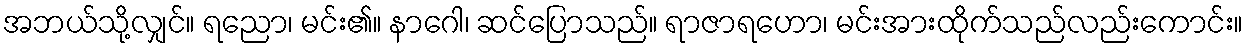
အဘယ်သို့လျှင်။ ရညော၊ မင်း၏။ နာဂေါ၊ ဆင်ပြောသည်။ ရာဇာရဟော၊ မင်းအားထိုက်သည်လည်းကောင်း။